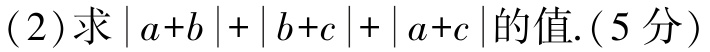
(2)求\(\vert a + b\vert+\vert b + c\vert+\vert a + c\vert\)的值.(5分)